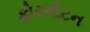
ફોરગોટન